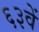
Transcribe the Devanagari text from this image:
६३वें